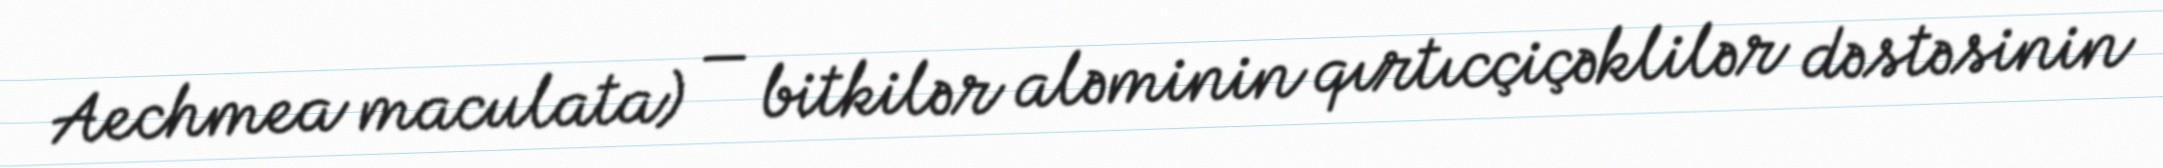
Aechmea maculata) — bitkilər aləminin qırtıcçiçəklilər dəstəsinin